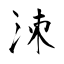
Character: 洓